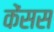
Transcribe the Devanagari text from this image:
केंसस